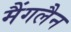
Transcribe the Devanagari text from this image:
मैंगलैन